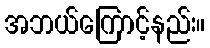
အဘယ်ကြောင့်နည်း။